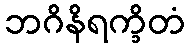
ဘဂိနိရက္ခိတံ